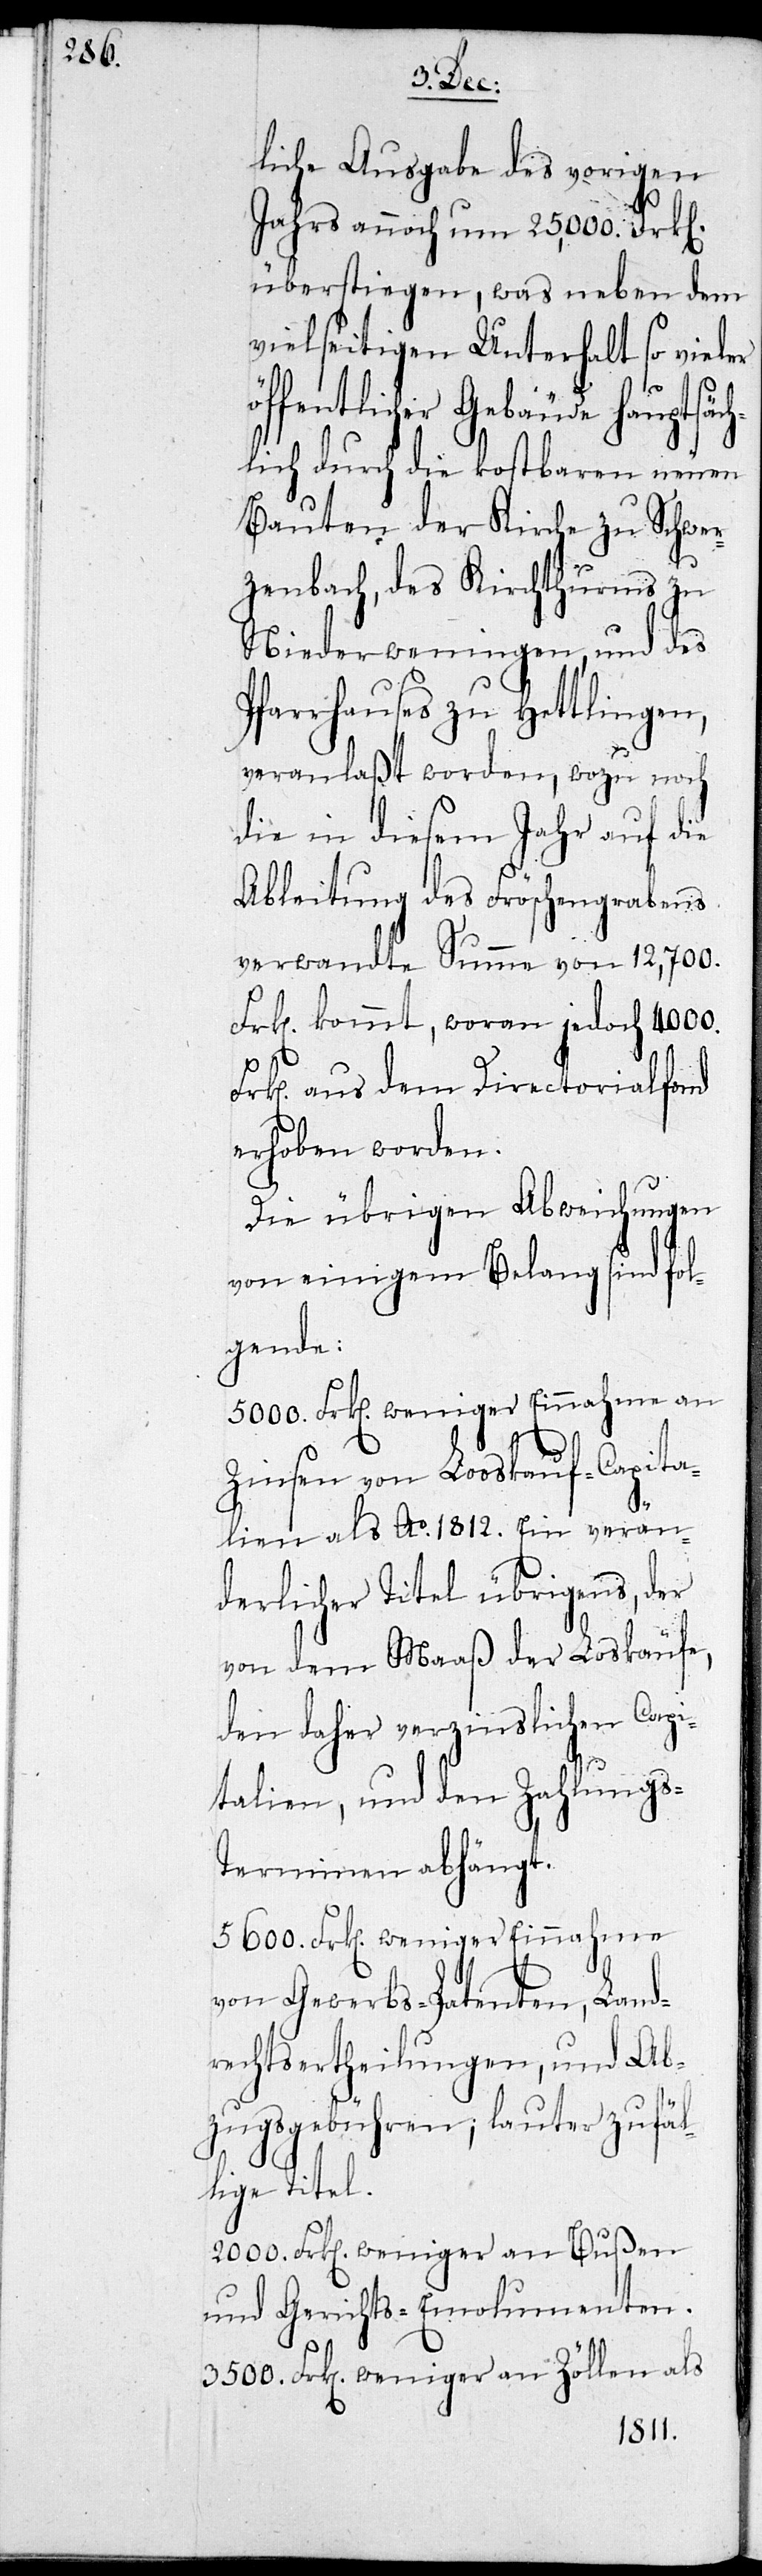
liche Ausgabe des vorigen
Jahrs annoch um 25,000. Frken.
überstiegen, was neben dem
vielseitigen Unterhalt so vieler
öffentlicher Gebäude hauptsäc¬
hlich durch die kostbaren neuen
Bauten der Kirche zu Schwer¬
zenbach, des Kirchthurms zu
Niederweningen, und des
Pfarrhauses zu Hettlingen,
veranlaßt worden, wozu noch
die in diesem Jahr auf die
Ableitung des Fröschengrabens
verwandte Summe von 12,700.
Frken. kommt, woran jedoch 4000.
Frken. aus dem Directorialfond
erhoben worden.
Die übrigen Abweichungen
von einigen Belang sind fol¬
gende:
5000. Frken. weniger Einnahme an
Zinsen von Looskauf-Capita¬
lien als Ao 1812. Ein verän¬
derlicher Titel übrigens, der
von dem Maaß der Loskäufe,
den daher verzinslichen Kapi¬
talien, und den Zahlungs-T¬
erminen abhängt.
5600. Frken. weniger Einnahmen
von Gewerbs-Patenten, Land¬
rechtsertheilungen, und Ab¬
zugsgebühren, lauter zufäl¬
lige Titel.
2000. Frken. weniger an Bußen
und Gerichts-Emolumenten.
3500. Frken. weniger an Zöllen als